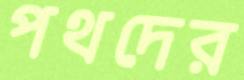
পথদের